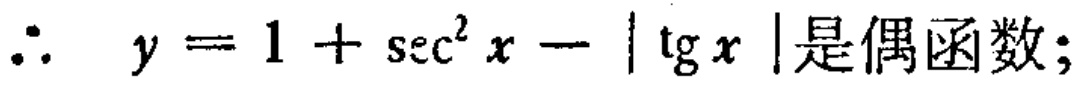
\(\therefore\ y = 1 + \sec^{2}x - |\tg x|\text{是偶函数};\)